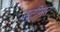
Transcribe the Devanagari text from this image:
स्ट्रीमर